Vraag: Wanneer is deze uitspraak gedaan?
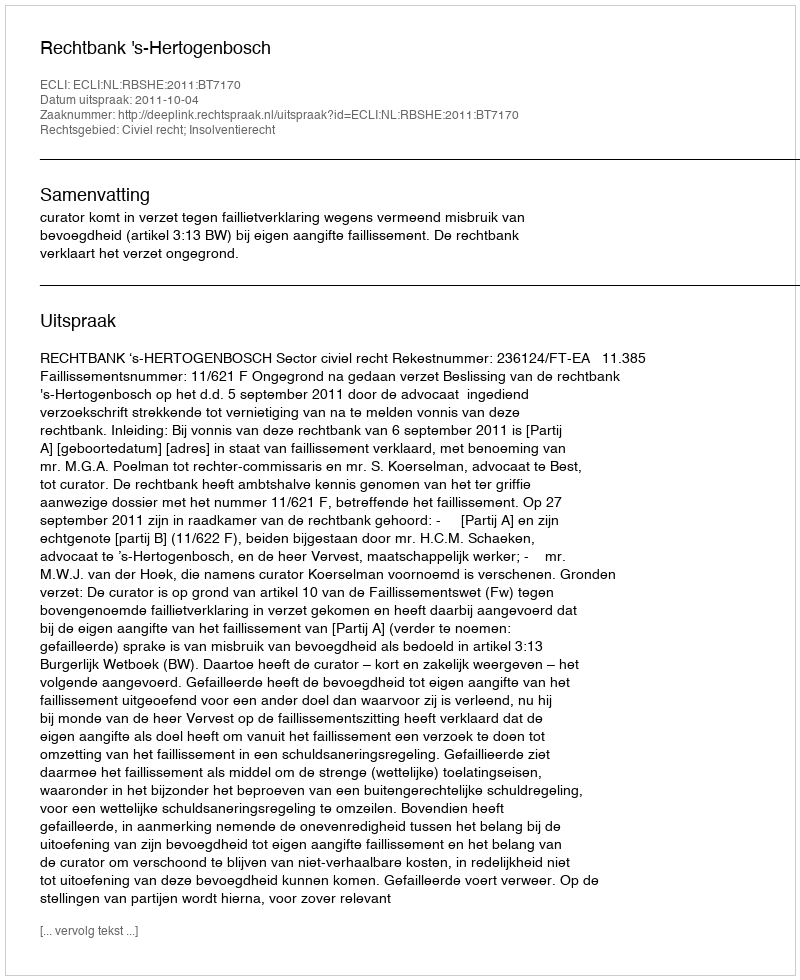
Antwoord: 2011-10-04